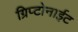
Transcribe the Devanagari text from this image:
ग्रिप्टोनाईट